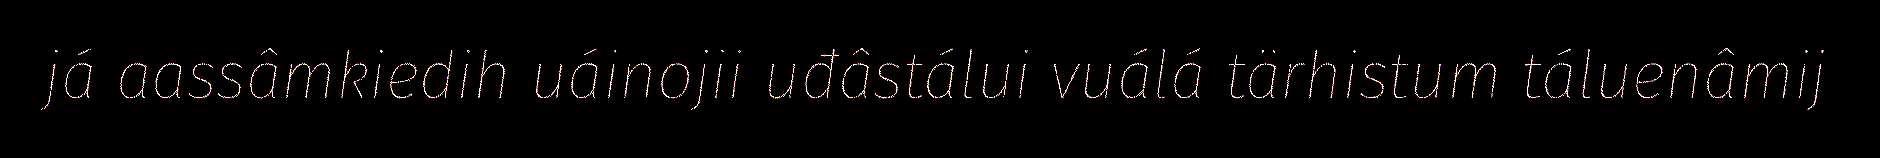
já aassâmkiedih uáinojii uđâstálui vuálá tärhistum táluenâmij